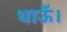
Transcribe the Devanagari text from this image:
धाऊँ।